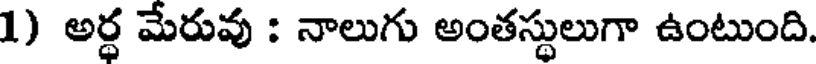
1) అర్ధ మేరువు : నాలుగు అంతస్థులుగా ఉంటుంది.